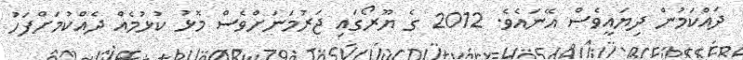
ދައްކަމުން ދިޔައީވެސް އޭނައެވެ. 2012 ގެ ޔޫރޯގައި ޖަރުމަނަށްވެސް މޮޅު ކުޅުމެއް ދެއްކުމަށްފަހު